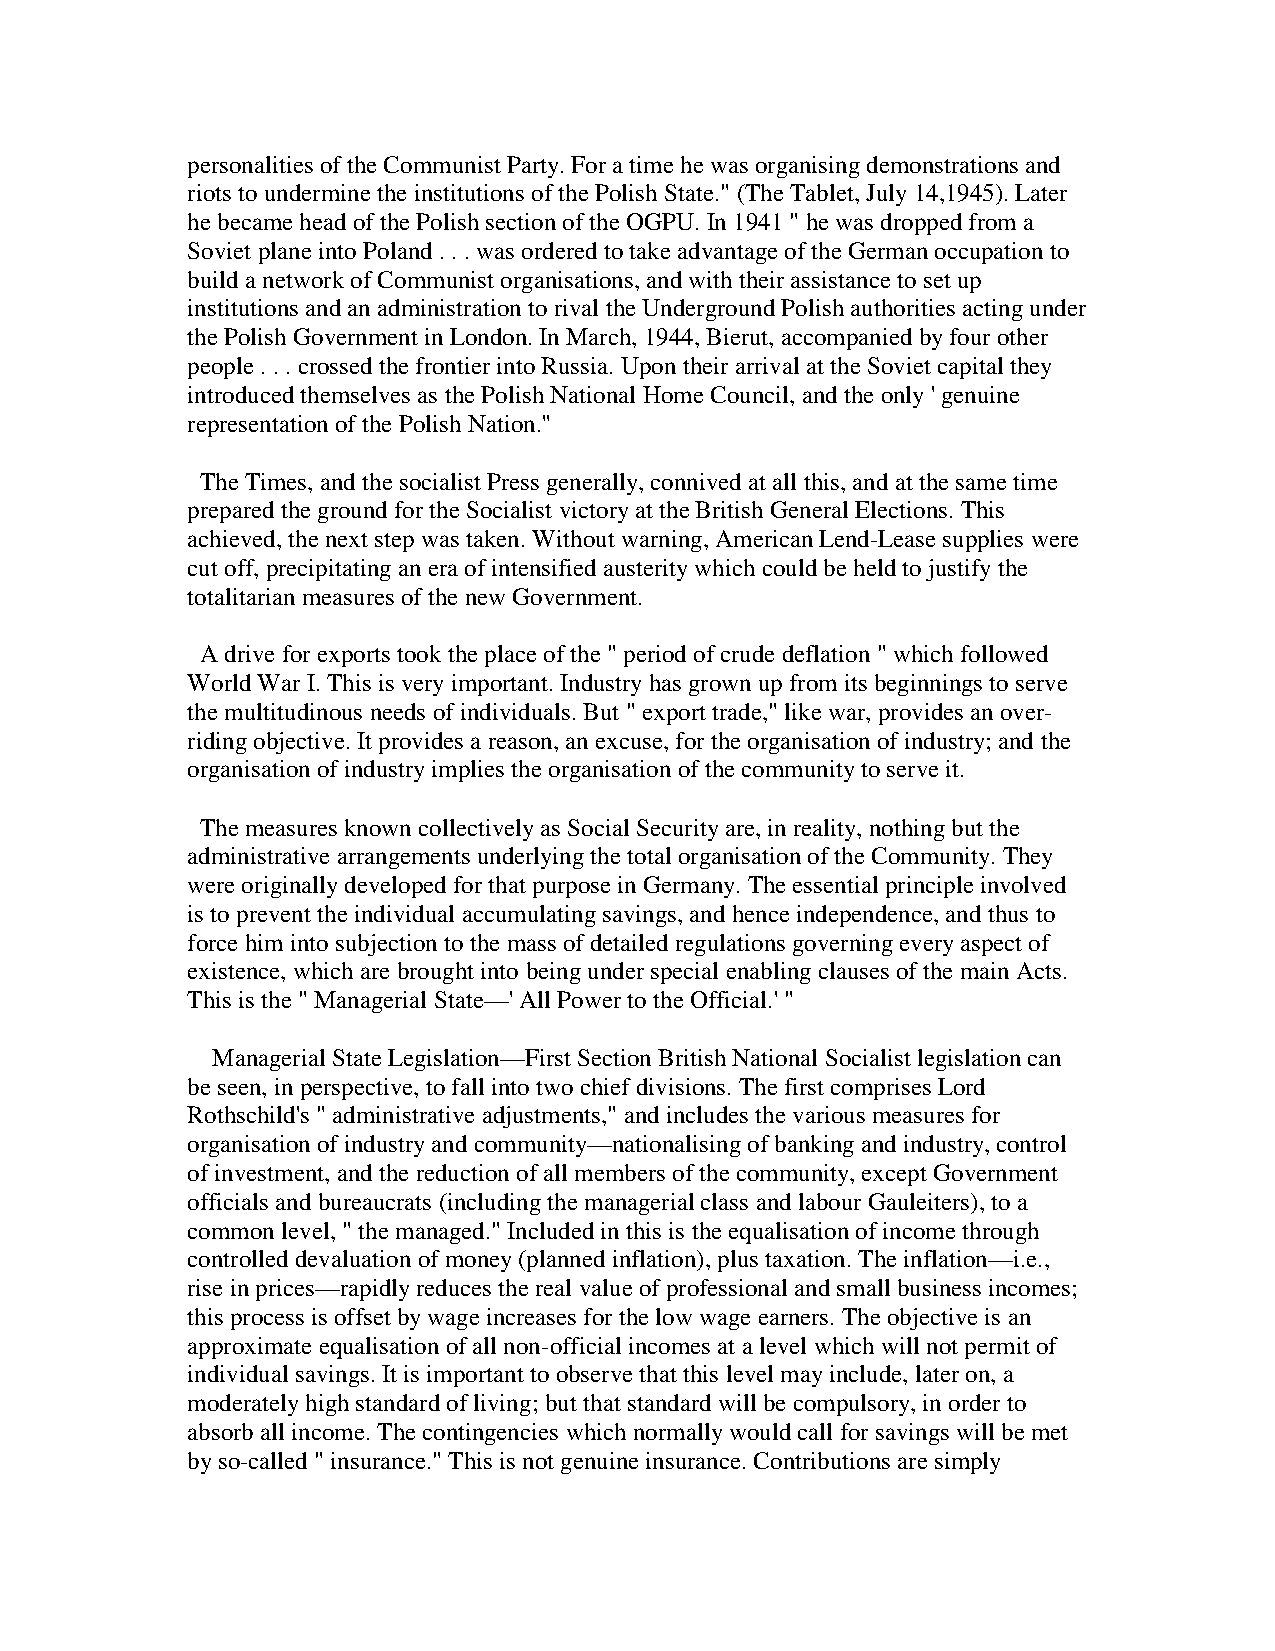
personalities of the Communist Party. For a time he was organising demonstrations and
 riots to undermine the institutions of the Polish State." (The Tablet, July 14,1945). Later
 he became head of the Polish section of the OGPU. In 1941 " he was dropped from a
 Soviet plane into Poland . . . was ordered to take advantage of the German occupation to
 build a network of Communist organisations, and with their assistance to set up
 institutions and an administration to rival the Underground Polish authorities acting under
 the Polish Government in London. In March, 1944, Bierut, accompanied by four other
 people . . . crossed the frontier into Russia. Upon their arrival at the Soviet capital they
 introduced themselves as the Polish National Home Council, and the only ' genuine
 representation of the Polish Nation.''
 The Times, and the socialist Press generally, connived at all this, and at the same time
 prepared the ground for the Socialist victory at the British General Elections. This
 achieved, the next step was taken. Without warning, American Lend-Lease supplies were
 cut off, precipitating an era of intensified austerity which could be held to justify the
 totalitarian measures of the new Government.
 A drive for exports took the place of the " period of crude deflation " which followed
 World War I. This is very important. Industry has grown up from its beginnings to serve
 the multitudinous needs of individuals. But " export trade," like war, provides an over-
 riding objective. It provides a reason, an excuse, for the organisation of industry; and the
 organisation of industry implies the organisation of the community to serve it.
 The measures known collectively as Social Security are, in reality, nothing but the
 administrative arrangements underlying the total organisation of the Community. They
 were originally developed for that purpose in Germany. The essential principle involved
 is to prevent the individual accumulating savings, and hence independence, and thus to
 force him into subjection to the mass of detailed regulations governing every aspect of
 existence, which are brought into being under special enabling clauses of the main Acts.
 This is the " Managerial State—' All Power to the Official.' "
 Managerial State Legislation—First Section British National Socialist legislation can
 be seen, in perspective, to fall into two chief divisions. The first comprises Lord
 Rothschild's " administrative adjustments," and includes the various measures for
 organisation of industry and community—nationalising of banking and industry, control
 of investment, and the reduction of all members of the community, except Government
 officials and bureaucrats (including the managerial class and labour Gauleiters), to a
 common level, " the managed." Included in this is the equalisation of income through
 controlled devaluation of money (planned inflation), plus taxation. The inflation—i.e.,
 rise in prices—rapidly reduces the real value of professional and small business incomes;
 this process is offset by wage increases for the low wage earners. The objective is an
 approximate equalisation of all non-official incomes at a level which will not permit of
 individual savings. It is important to observe that this level may include, later on, a
 moderately high standard of living; but that standard will be compulsory, in order to
 absorb all income. The contingencies which normally would call for savings will be met
 by so-called " insurance." This is not genuine insurance. Contributions are simply